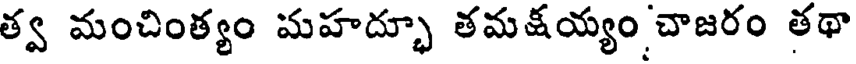
త్వ మంచింత్యం మహద్భూ తమక్షయ్యం చాజరం తథా